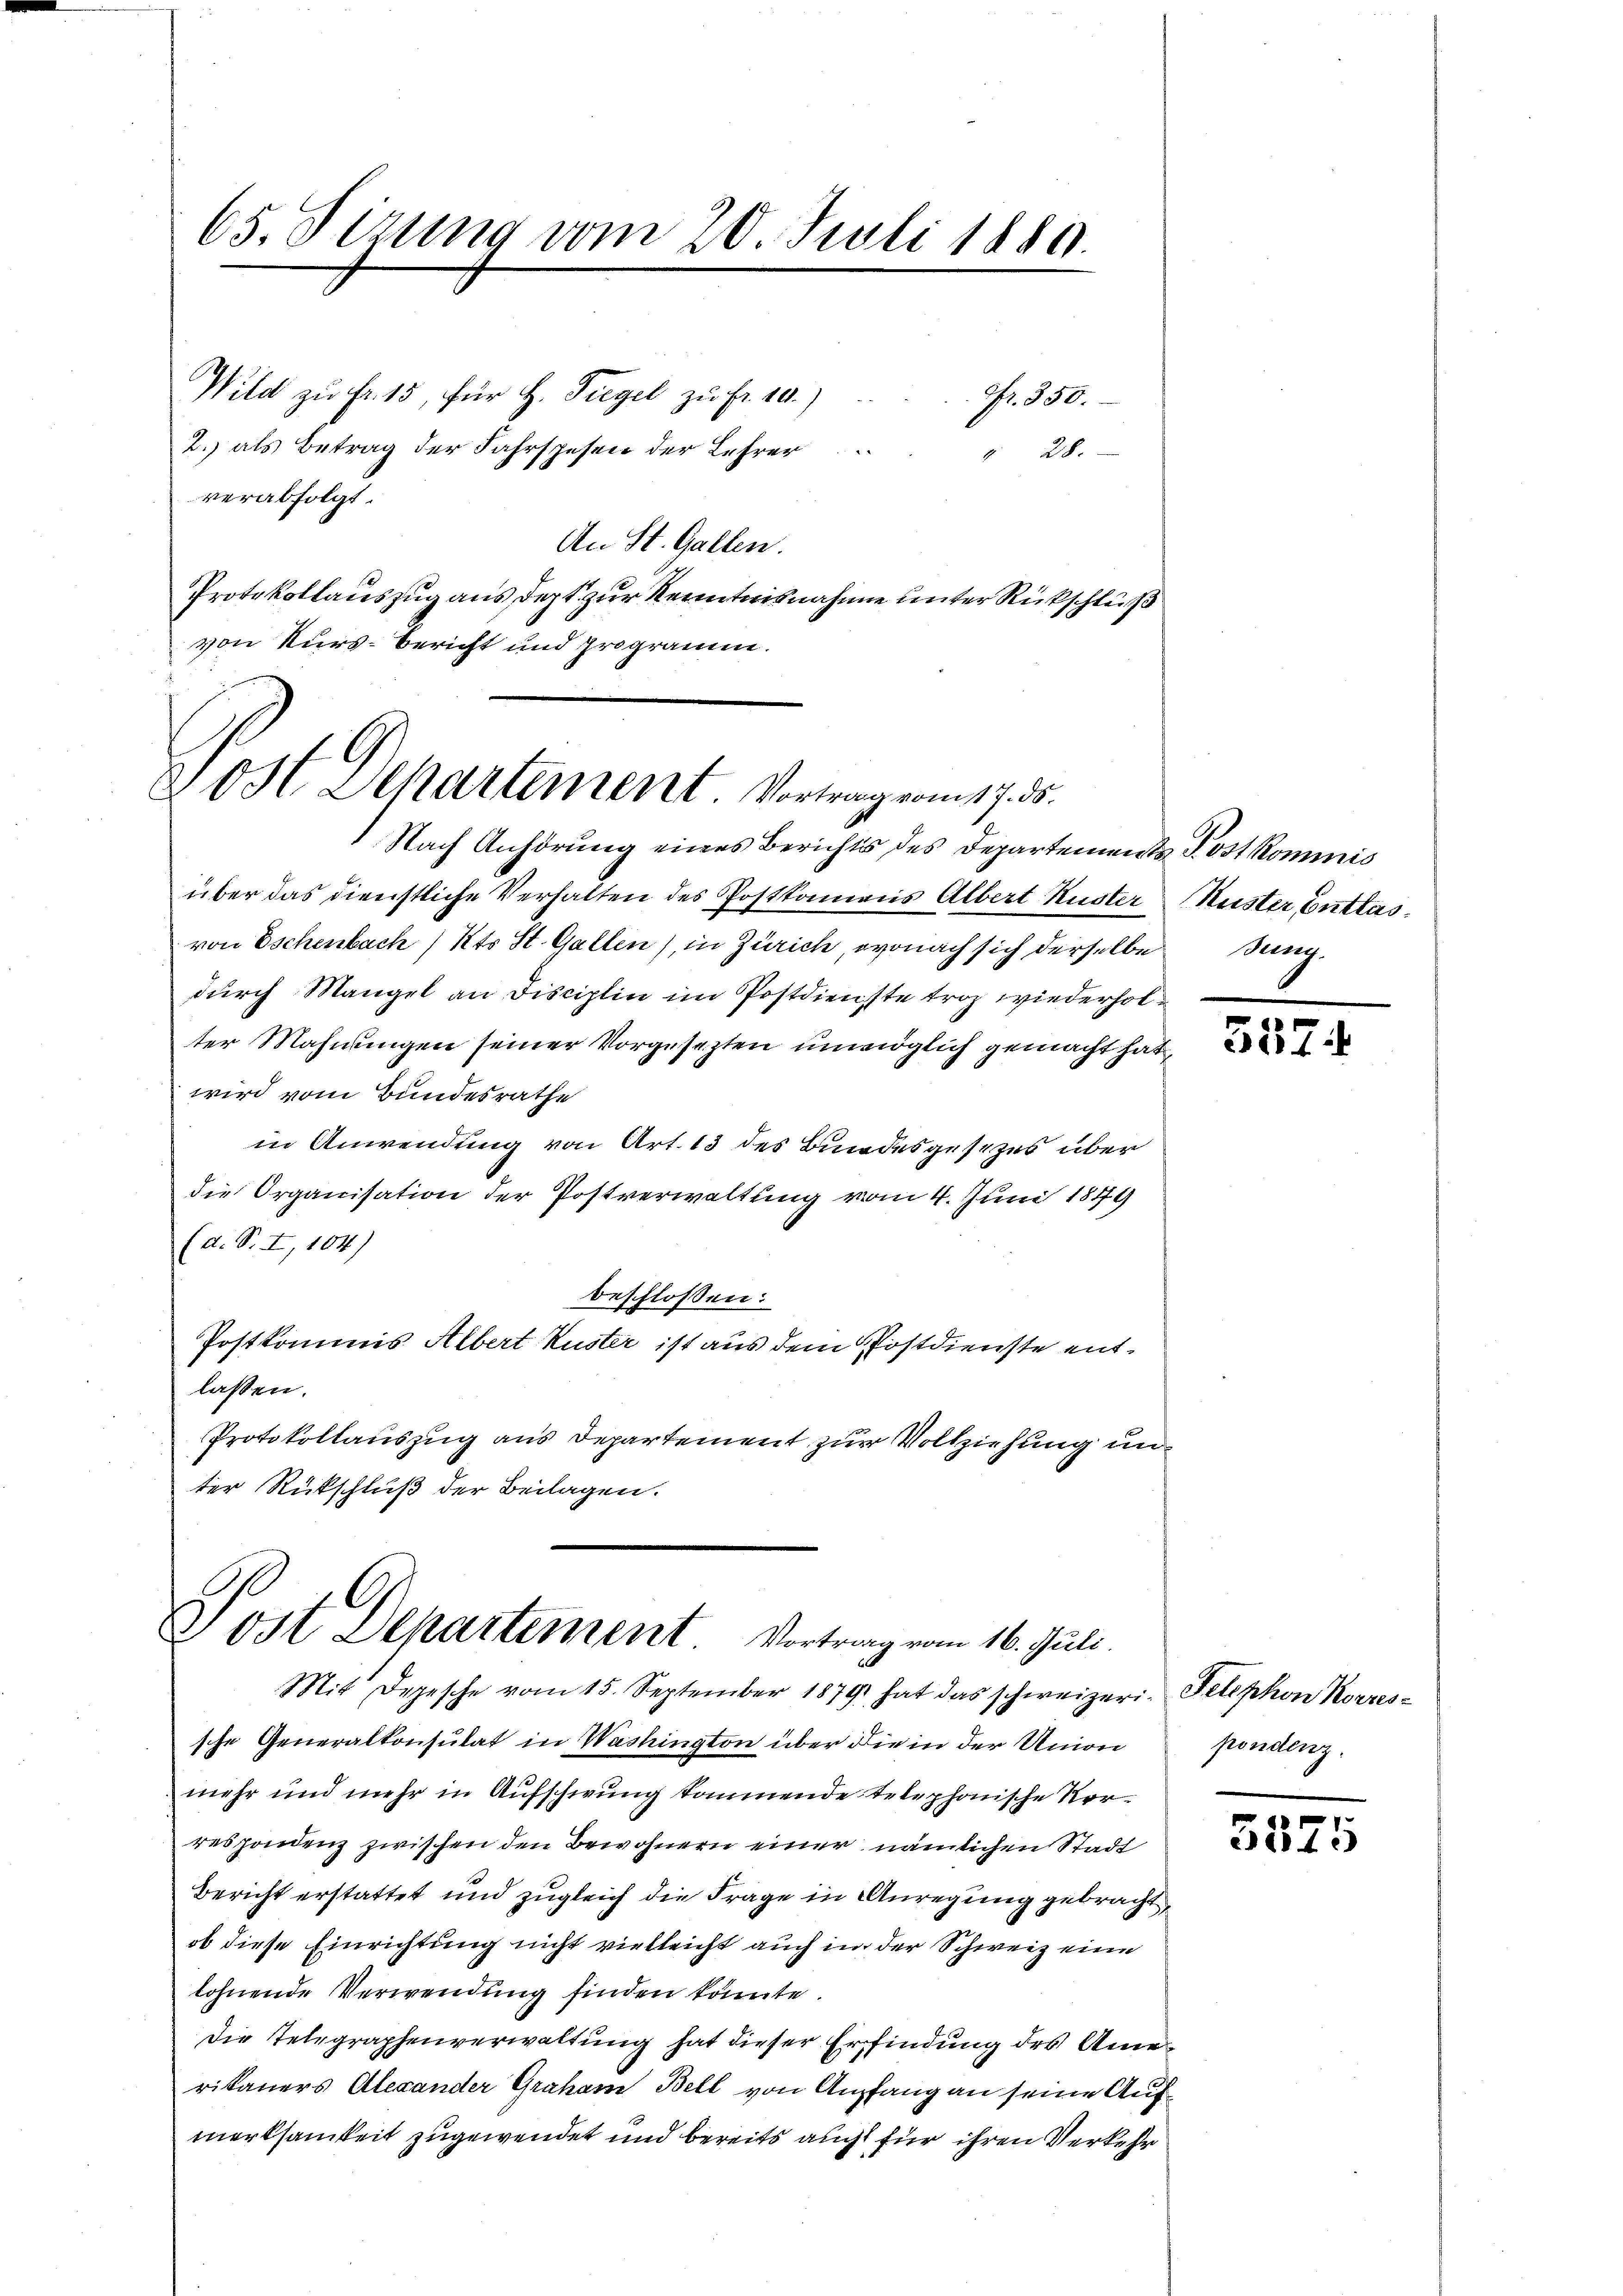
65. Sizung vom 20. Juli 1889.

Wild zu Fr. 15, für H. Tiegel zu Fr. 10.)
9fr. 350.
2.) als Betrag der Fahrspesen der Lehrer
" 28.
verabfolgt.
An St. Gallen.
Protokollauszug aus dept zur Kenntnisnahme unter Rückschluß
von Kurs-Bericht und programm.

Post Dehartement. Vortrag vom 17. ds.

Nach Anhörung eines Berichts des Departements Post kommnis
über das dienstliche Verhalten des Postkamens Albert Kuster Muster Entlasvon Eschenbach / Kts. St. Gallen), in Zürich, wonach sich derselbe sung.
durch Mangel an Disciplin im Postdienste troz wiederholter Mahnungen seiner Vorgesezten unmöglich gemacht hat,
wird vom Bundesrathe
in Anwendung von Art. 13 des Bundesgesezes über
die Organisation der Postverwaltung vom 4. Juni 1849
(d. S. I, 104)
beschlossen:
Postkommis Albert Kuster ist aus dem Postdienste entlassen.
Protokollauszug aus Departement zur Vollziehung unter Rückschluß der Beilagen.

Post Departement Vortrag vom 16. Juli.

Mit Depesche vom 15. September 1879 hat das schweizeri. Telephon Korres-
sche Generalkonsulat in Washington über die in der Union
mehr und mehr in Aufschwung kommende telephonische Vorrespondenz zwischen den Bewohnern einer nämlichen Stadt
Bericht erstattet und zugleich die Frage in Anregung gebracht
ob diese Einrichtung nicht vielleicht auch in der Schweiz eine
lohnende Verwendung finden könnte.
Die Telegraphenverwaltung hat dieser Erfindung des Ame
rikaners Alexander Graham Bell von Ampfang an seine Aufmerksamkeit zugewendet und bereits aucht für ihren Verkehr

357.

pondenz.

d
Birli